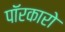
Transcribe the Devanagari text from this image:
पॉरकारो